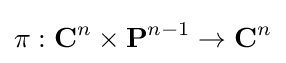
\pi :\mathbf {C} ^{n}\times \mathbf {P} ^{n-1}\to \mathbf {C} ^{n}